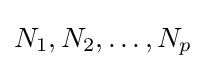
N_{1},N_{2},\dots ,N_{p}